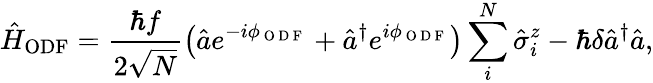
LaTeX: \hat{H}_{\mathrm{ODF}}=\frac{\hbar f}{2\sqrt{N}}\left(\hat{a}e^{-i\phi_{\mathrm{~O~D~F~}}}+\hat{a}^{\dagger}e^{i\phi_{\mathrm{~O~D~F~}}}\right)\sum_{i}^{N}\hat{\sigma}_{i}^{z}-\hbar\delta\hat{a}^{\dagger}\hat{a},